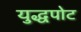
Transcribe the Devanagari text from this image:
युद्धपोट